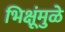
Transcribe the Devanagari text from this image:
भिक्षूंमुळे